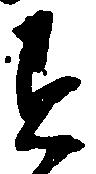
す